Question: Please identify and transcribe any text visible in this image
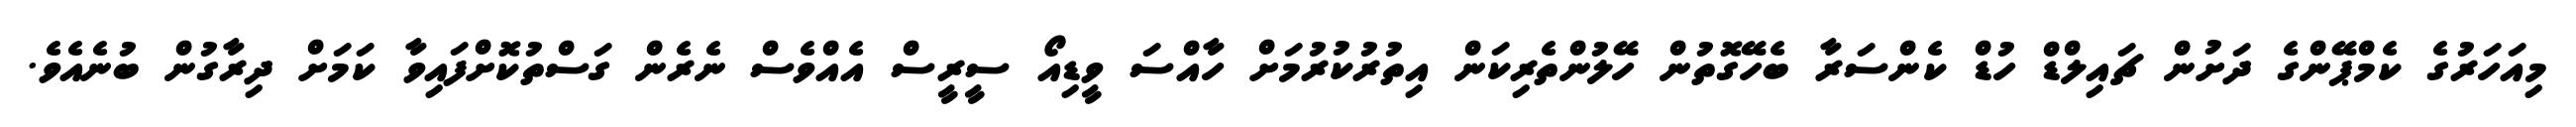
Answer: މިއަހަރުގެ ކެމްޕޭންގެ ދަށުން ޗައިލްޑް ހުޑް ކެންސަރާ ބެހޭގޮތުން ހޭލުންތެރިކަން އިތުރުކުރުމަށް ހާއްސަ ވީޑިއޯ ސީރީސް އެއްވެސް ނެރެން ގަސްތުކޮށްފައިވާ ކަމަށް ދިރާގުން ބުނެއެވެ.